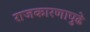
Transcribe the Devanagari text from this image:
राजकारणापुढे